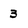
Character: 3